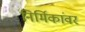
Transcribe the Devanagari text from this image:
निर्मिकांवर